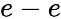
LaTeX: e-e